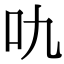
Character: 㕤